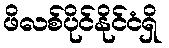
ဖိလစ်ပိုင်နိုင်ငံရှိ